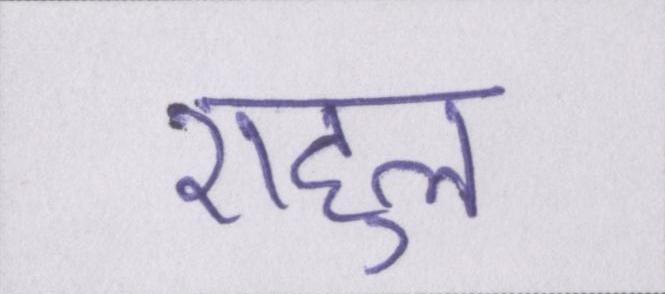
राहुल